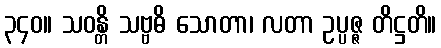
၃၄၀။ သဝန္တိ သဗ္ဗဓိ သောတာ၊ လတာ ဥပ္ပဇ္ဇ တိဋ္ဌတိ။